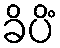
ခိပိံ